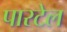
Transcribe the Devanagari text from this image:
पारटेल